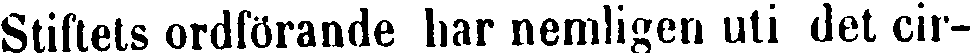
Stiftets ordförande liar nemligen uti det cir-